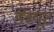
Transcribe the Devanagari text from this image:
डेब्यूट